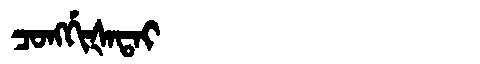
Manchu: ᠴᠣᠩᡤᡳᡧᠠᡨᠠᡳ
Romanization: CONGGIŠATAI